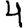
Digit: 4